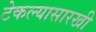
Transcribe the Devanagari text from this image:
टेकल्यासारखी